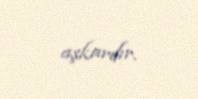
aşkardır.